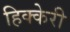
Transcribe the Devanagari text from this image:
हिक्केरी